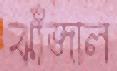
ঝাঁজাল